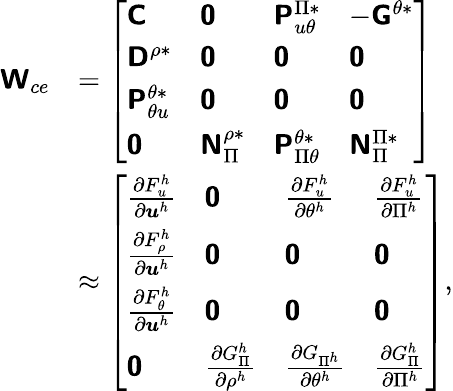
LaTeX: \begin{array}{rl}{\boldsymbol{\mathsf{W}}_{ce}}&{=\left[\begin{array}{llll}{\boldsymbol{\mathsf{C}}}&{\boldsymbol{\mathsf{0}}}&{\boldsymbol{\mathsf{P}}_{u\theta}^{\Pi*}}&{-\boldsymbol{\mathsf{G}}^{\theta*}}\\ {\boldsymbol{\mathsf{D}}^{\rho*}}&{\boldsymbol{\mathsf{0}}}&{\boldsymbol{\mathsf{0}}}&{\boldsymbol{\mathsf{0}}}\\ {\boldsymbol{\mathsf{P}}_{\theta u}^{\theta*}}&{\boldsymbol{\mathsf{0}}}&{\boldsymbol{\mathsf{0}}}&{\boldsymbol{\mathsf{0}}}\\ {\boldsymbol{\mathsf{0}}}&{\boldsymbol{\mathsf{N}}_{\Pi}^{\rho*}}&{\boldsymbol{\mathsf{P}}_{\Pi\theta}^{\theta*}}&{\boldsymbol{\mathsf{N}}_{\Pi}^{\Pi*}}\end{array}\right]}\\ &{\approx\left[\begin{array}{llll}{\frac{\partial F_{u}^{h}}{\partial\boldsymbol{u}^{h}}}&{\boldsymbol{\mathsf{0}}}&{\frac{\partial F_{u}^{h}}{\partial\theta^{h}}}&{\frac{\partial F_{u}^{h}}{\partial\Pi^{h}}}\\ {\frac{\partial F_{\rho}^{h}}{\partial\boldsymbol{u}^{h}}}&{\boldsymbol{\mathsf{0}}}&{\boldsymbol{\mathsf{0}}}&{\boldsymbol{\mathsf{0}}}\\ {\frac{\partial F_{\theta}^{h}}{\partial\boldsymbol{u}^{h}}}&{\boldsymbol{\mathsf{0}}}&{\boldsymbol{\mathsf{0}}}&{\boldsymbol{\mathsf{0}}}\\ {\boldsymbol{\mathsf{0}}}&{\frac{\partial G_{\Pi}^{h}}{\partial\rho^{h}}}&{\frac{\partial G_{\Pi^{h}}}{\partial\theta^{h}}}&{\frac{\partial G_{\Pi}^{h}}{\partial\Pi^{h}}}\end{array}\right],}\end{array}